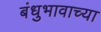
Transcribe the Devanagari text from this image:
बंधुभावाच्या